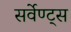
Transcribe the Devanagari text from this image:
सर्वेण्ट्स